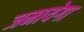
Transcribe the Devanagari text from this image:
जमायेगा